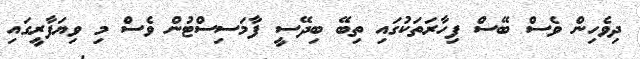
ދިވެހިން ވެސް ބޭސް ފިހާރަތަކުގައި ތިބޭ ބިދޭސީ ފާމަސިސްޓުން ވެސް މި ވިޔަފާރީގައި